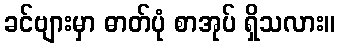
ခင်ဗျားမှာ ဓာတ်ပုံ စာအုပ် ရှိသလား။